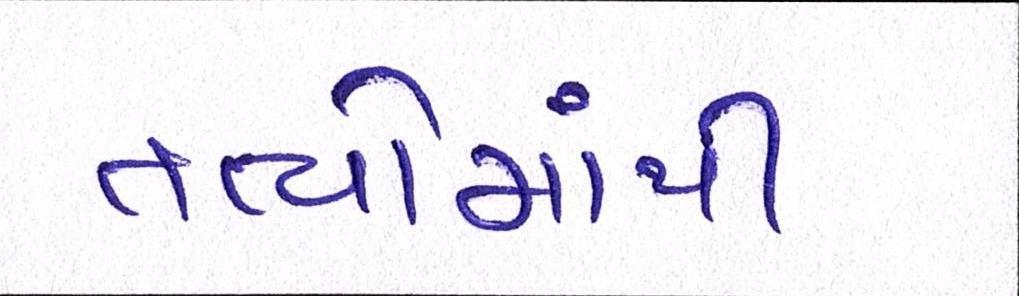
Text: તત્વોમાંથી